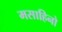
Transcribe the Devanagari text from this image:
मसाहिनो